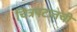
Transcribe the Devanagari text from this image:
चित्रपटातची